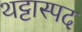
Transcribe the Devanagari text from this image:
थट्टास्पद